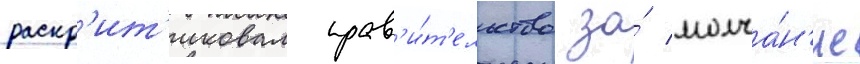
раскр'ит'иковал прав'и́т'ельство за́ молча́н'ие